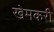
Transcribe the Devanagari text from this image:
खेमकरी